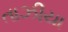
તાઝીયા